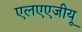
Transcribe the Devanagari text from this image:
एलएएजीयू